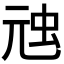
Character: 𮓸